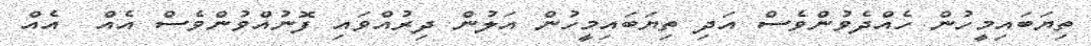
ތިޔަބައިމީހުން ހެއްދެވުންވެސް އަދި ތިޔަބައިމީހުން އަލުން ދިރުއްވައި ފޮނުއްވުންވެސް އެއް  އެއް